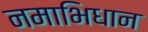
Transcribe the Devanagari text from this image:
नमाभिधान